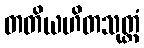
တတိယဟိတသုတ္တံ